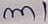
Text: m1